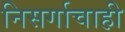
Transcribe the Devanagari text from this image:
निसर्गाचाही